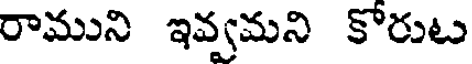
రాముని ఇవ్వమని కోరుట